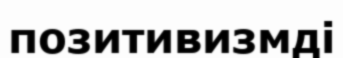
позитивизмді